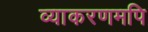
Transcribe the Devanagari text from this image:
व्याकरणमपि